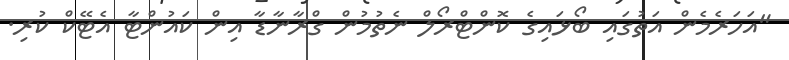
"އަހަރެމެން އަތުގައި ބޯޅައިގެ ކޮންޓްރޯލް ނެތުމުން ގްރާނާޑާ އިން ކައުންޓާ އެޓޭކް ކުރި.